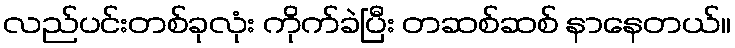
လည်ပင်းတစ်ခုလုံး ကိုက်ခဲပြီး တဆစ်ဆစ် နာနေတယ်။